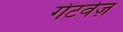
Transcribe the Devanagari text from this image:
गेटवेज़